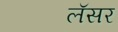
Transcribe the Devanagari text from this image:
लॅसर